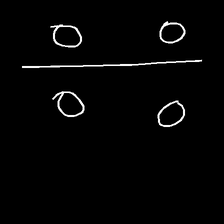
Glyph: cool